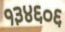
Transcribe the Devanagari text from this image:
१३४६०६